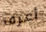
أعرف